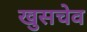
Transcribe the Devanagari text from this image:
खुसचेव